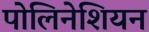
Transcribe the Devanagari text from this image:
पोलिनेशियन